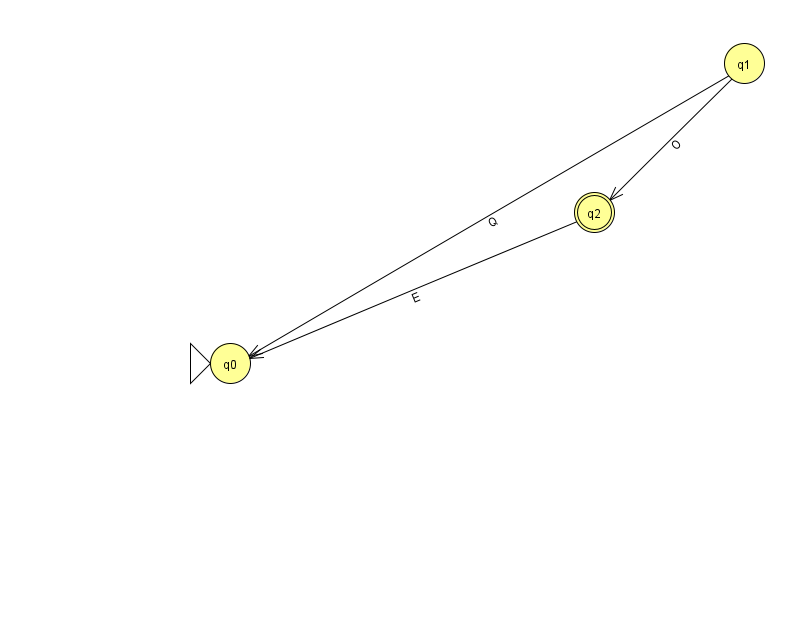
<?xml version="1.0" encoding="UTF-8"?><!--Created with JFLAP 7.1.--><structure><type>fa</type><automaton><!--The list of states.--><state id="0" name="q0"><x>230.0</x><y>350.0</y><initial/></state><state id="1" name="q1"><x>744.0</x><y>50.0</y></state><state id="2" name="q2"><x>594.0</x><y>199.0</y><final/></state><!--The list of transitions.--><transition><from>2</from><to>0</to><read>E</read></transition><transition><from>1</from><to>2</to><read>O</read></transition><transition><from>1</from><to>0</to><read>Q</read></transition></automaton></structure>